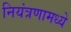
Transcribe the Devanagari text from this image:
नियंत्रणामध्ये